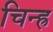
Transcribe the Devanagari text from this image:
चिन्ह्र